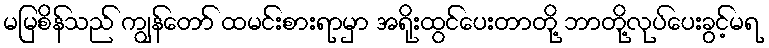
မမြစိန်သည် ကျွန်တော် ထမင်းစားရာမှာ အရိုးထွင်ပေးတာတို့ ဘာတို့လုပ်ပေးခွင့်မရ